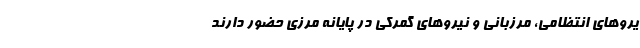
یروهای انتظامی، مرزبانی و نیروهای گمرکی در پایانه مرزی حضور دارند